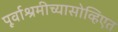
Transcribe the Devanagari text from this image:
पूर्वाश्रमीच्यासोव्हिएत